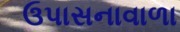
ઉપાસનાવાળા